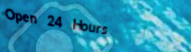
Open 24 Hours